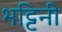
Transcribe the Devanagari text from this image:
भट्टिनी